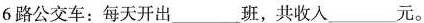
6路公交车：每天开出___班，共收入___元。